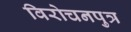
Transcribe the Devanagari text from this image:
विरोचनपुत्र